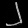
Digit: ၂